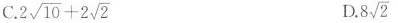
C $$2 \sqrt{10}+2 \sqrt{2}$$ D. $$8 \sqrt{2}$$